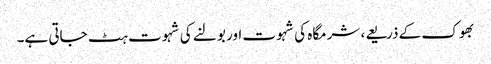
بھوک کے ذریعے، شرمگاہ کی شہوت اور بولنے کی شہوت ہٹ جاتی ہے۔